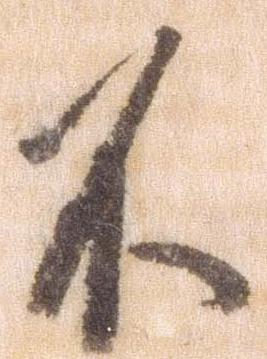
不